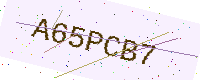
Text: A65PCB7